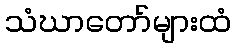
သံဃာတော်များထံ